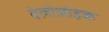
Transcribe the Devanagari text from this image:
वेलोजोइक